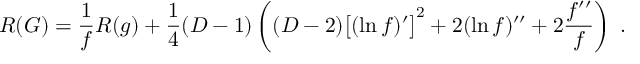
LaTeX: R ( G ) = \frac { 1 } { f } R ( g ) + \frac { 1 } { 4 } ( D - 1 ) \left( ( D - 2 ) \big [ ( \ln f ) ^ { \prime } \big ] ^ { 2 } + 2 ( \ln f ) ^ { \prime \prime } + 2 \frac { f ^ { \prime \prime } } { f } \right) \; .